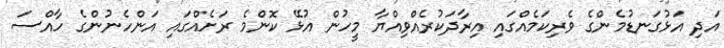
އަދި އަޅުގަނޑުމެންގެ ވެރިކަމެއްގައި އިރާދަކުރެއްވިއްޔާ މީހުން އުޅޭ ކޮންމެ ރަށެއްގައި އަންހެނުންގެ ހާއްސަ